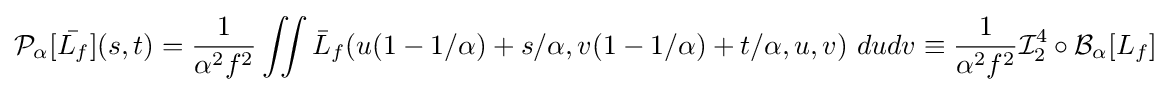
{\mathcal {P}}_{\alpha }[{\bar {L_{f}}}](s,t)={1 \over \alpha ^{2}f^{2}}\iint {\bar {L}}_{f}(u(1-1/\alpha )+s/\alpha ,v(1-1/\alpha )+t/\alpha ,u,v)~dudv\equiv {\frac {1}{\alpha ^{2}f^{2}}}{\mathcal {I}}_{2}^{4}\circ {\mathcal {B}}_{\alpha }[L_{f}]